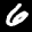
Label: 6